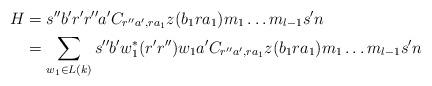
LaTeX: \begin{align*}H&=s''b'r'r''a'C_{r''a',ra_{1}}z(b_{1}ra_{1})m_{1}\hdots m_{l-1}s'n \\&=\displaystyle \sum_{w_{1} \in L(k)} s''b'w_{1}^{\ast}(r'r'')w_{1}a'C_{r''a',ra_{1}}z(b_{1}ra_{1})m_{1}\hdots m_{l-1}s'n\end{align*}